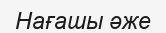
Нағашы әже